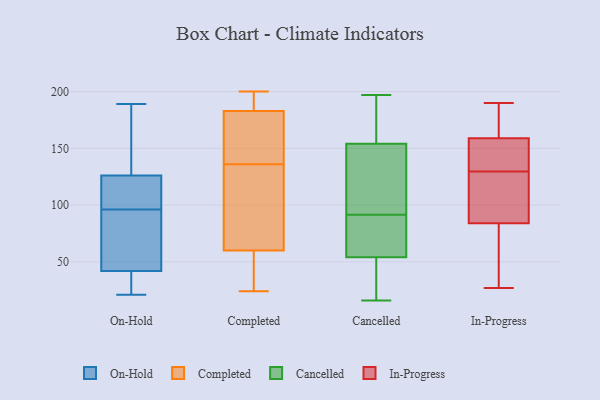
{"axis": {"x": "Customer Acquisition Cost (USD)", "y": "Value"}, "legend": ["Cancelled", "Completed", "In-Progress", "On-Hold"], "data": [{"x": "", "y": 100, "type": "On-Hold"}, {"x": "", "y": 50, "type": "On-Hold"}, {"x": "", "y": 126, "type": "On-Hold"}, {"x": "", "y": 189, "type": "On-Hold"}, {"x": "", "y": 21, "type": "On-Hold"}, {"x": "", "y": 105, "type": "On-Hold"}, {"x": "", "y": 24, "type": "On-Hold"}, {"x": "", "y": 62, "type": "On-Hold"}, {"x": "", "y": 94, "type": "On-Hold"}, {"x": "", "y": 27, "type": "On-Hold"}, {"x": "", "y": 42, "type": "On-Hold"}, {"x": "", "y": 98, "type": "On-Hold"}, {"x": "", "y": 128, "type": "On-Hold"}, {"x": "", "y": 181, "type": "On-Hold"}, {"x": "", "y": 24, "type": "Completed"}, {"x": "", "y": 171, "type": "Completed"}, {"x": "", "y": 194, "type": "Completed"}, {"x": "", "y": 136, "type": "Completed"}, {"x": "", "y": 46, "type": "Completed"}, {"x": "", "y": 188, "type": "Completed"}, {"x": "", "y": 187, "type": "Completed"}, {"x": "", "y": 102, "type": "Completed"}, {"x": "", "y": 44, "type": "Completed"}, {"x": "", "y": 200, "type": "Completed"}, {"x": "", "y": 156, "type": "Completed"}, {"x": "", "y": 102, "type": "Completed"}, {"x": "", "y": 34, "type": "Completed"}, {"x": "", "y": 161, "type": "Completed"}, {"x": "", "y": 123, "type": "Completed"}, {"x": "", "y": 92, "type": "Cancelled"}, {"x": "", "y": 71, "type": "Cancelled"}, {"x": "", "y": 161, "type": "Cancelled"}, {"x": "", "y": 26, "type": "Cancelled"}, {"x": "", "y": 62, "type": "Cancelled"}, {"x": "", "y": 94, "type": "Cancelled"}, {"x": "", "y": 128, "type": "Cancelled"}, {"x": "", "y": 50, "type": "Cancelled"}, {"x": "", "y": 16, "type": "Cancelled"}, {"x": "", "y": 67, "type": "Cancelled"}, {"x": "", "y": 154, "type": "Cancelled"}, {"x": "", "y": 197, "type": "Cancelled"}, {"x": "", "y": 28, "type": "Cancelled"}, {"x": "", "y": 154, "type": "Cancelled"}, {"x": "", "y": 177, "type": "Cancelled"}, {"x": "", "y": 194, "type": "Cancelled"}, {"x": "", "y": 54, "type": "Cancelled"}, {"x": "", "y": 91, "type": "Cancelled"}, {"x": "", "y": 87, "type": "In-Progress"}, {"x": "", "y": 56, "type": "In-Progress"}, {"x": "", "y": 155, "type": "In-Progress"}, {"x": "", "y": 65, "type": "In-Progress"}, {"x": "", "y": 176, "type": "In-Progress"}, {"x": "", "y": 80, "type": "In-Progress"}, {"x": "", "y": 92, "type": "In-Progress"}, {"x": "", "y": 159, "type": "In-Progress"}, {"x": "", "y": 181, "type": "In-Progress"}, {"x": "", "y": 154, "type": "In-Progress"}, {"x": "", "y": 27, "type": "In-Progress"}, {"x": "", "y": 190, "type": "In-Progress"}, {"x": "", "y": 130, "type": "In-Progress"}, {"x": "", "y": 103, "type": "In-Progress"}, {"x": "", "y": 132, "type": "In-Progress"}, {"x": "", "y": 84, "type": "In-Progress"}, {"x": "", "y": 186, "type": "In-Progress"}, {"x": "", "y": 129, "type": "In-Progress"}]}